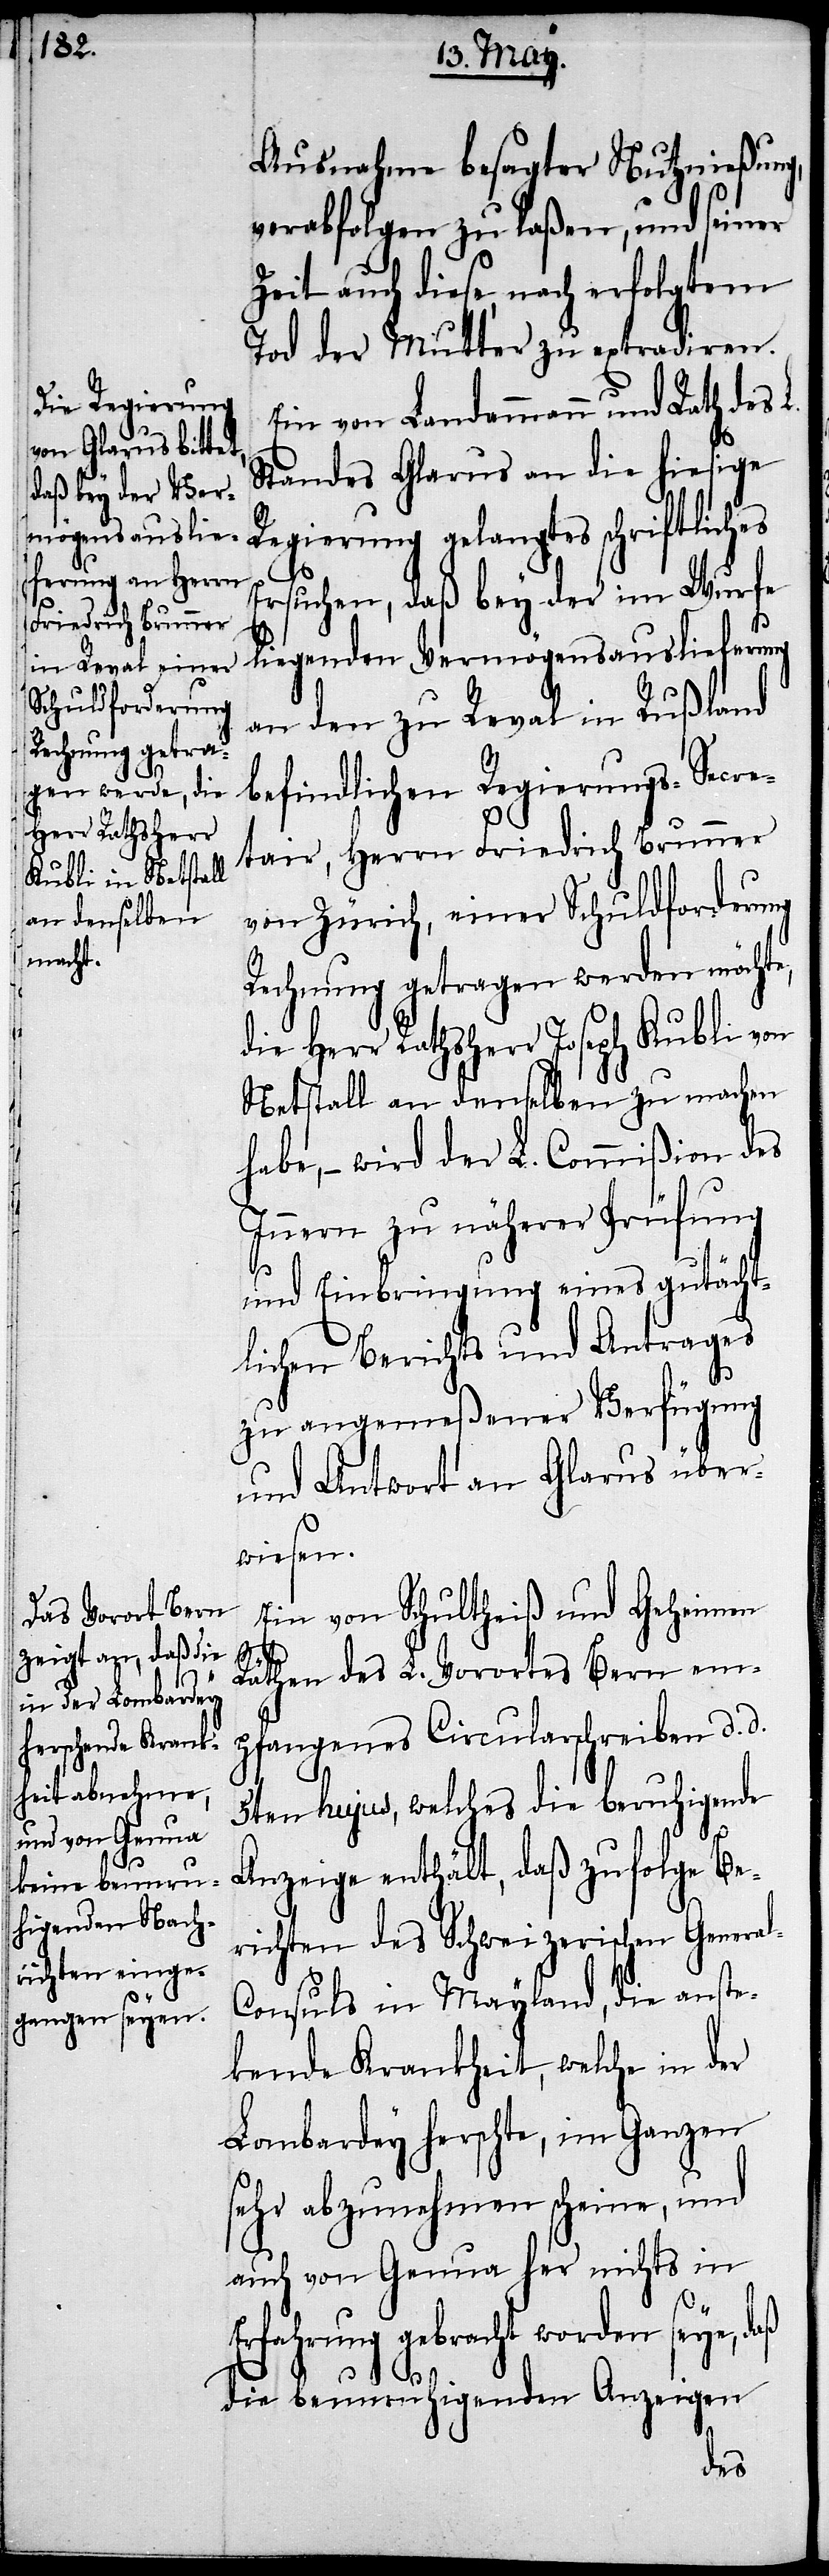
Ausnahme besagter Nutznießung,
verabfolgen zu laßen, und seiner
Zeit auch diese, nach erfolgtem
Tod der Mutter zu extradiren.
Ein von Landammann und Rath des
Standes Glarus an die hiesige
Regierung gelangtes schriftliches
Ersuchen, daß bey der im Wurfe
liegenden Vermögensauslieferung
an den zu Reval in Rußland
befindlichen Regierungs-Secre¬
tair, Herrn Friedrich Brunner
von Zürich, einer Schuldforderung
Rechnung getragen werden möchte,
die Herr Rathsherr Joseph Kubli von
Netstall an denselben zu machen
habe, – wird der L. Commißion des
Innern zu näherer Prüfung
und Einbringung eines gutächt¬
lichen Berichts und Antrages
zu angemeßener Verfügung
und Antwort an Glarus über¬
wiesen.
Ein von Schultheiß und Geheimen
l-C¬
Räthen des L. Vorortes Bern em¬
pfangenes Circularschreiben d. d.
5ten hujus, welches die beruhigende
Anzeige enthält, daß zufolge Be¬
richten des Schweizerischen Genera¬
onsuls in Mayland, die anste¬
kende Krankheit, welche in der
Lombardey herrschte, im Ganzen
sehr abzunehmen scheine, und
auch von Genua her nichts in
Erfahrung gebracht worden seye, daß
die beunruhigenden Anzeigen